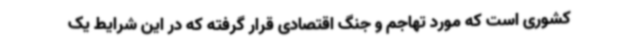
کشوری است که مورد تهاجم و جنگ اقتصادی قرار گرفته که در این شرایط یک